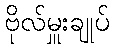
ဗိုလ်မှူးချုပ်